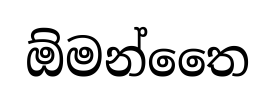
ඕමන්තෛ